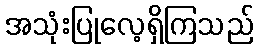
အသုံးပြုလေ့ရှိကြသည်